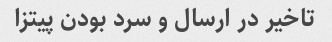
تاخیر در ارسال و سرد بودن پیتزا